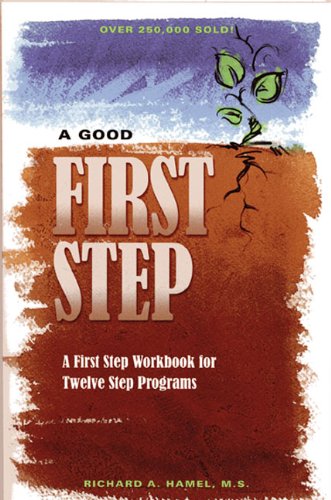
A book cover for A Good First Step: A First Step Workbook for Twelve Step Programs; Richard A Hamel M.S.; Health, Fitness & Dieting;